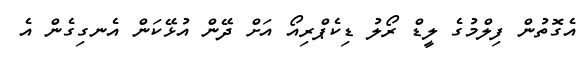
އެގޮތުން ފިލްމުގެ ލީޑް ރޯލު ޑިކެޕްރިއޯ އަށް ދޭން އުޅޭކަން އެނގިގެން އެ